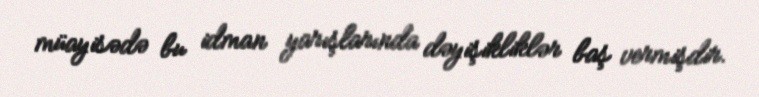
müayisədə bu idman yarışlarında dəyişikliklər baş vermişdir.